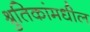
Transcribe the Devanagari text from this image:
श्रुतिकांमधील